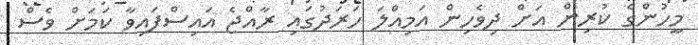
މީހުންގެ ކުރިން އަށް ދިވެހިން އަމިއްލަ ހަރަދުގައި ރާއްޖެ އައިސްފައިވާ ކަމަށް ވެސް